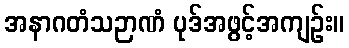
အနာဂတံသဉာဏံ ပုဒ်အဖွင့်အကျဉ်း။